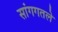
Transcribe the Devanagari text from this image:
सांगगतले